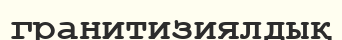
гранитизиялдық